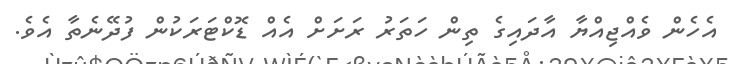
އެހެން ވެއްޖިއްޔާ އާދައިގެ ތިން ހަތަރު ރަށަށް އެއް ޑޮކްޓަރަކުން ފުދޭނެތާ އެވެ.